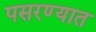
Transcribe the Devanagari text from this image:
पसरण्यात